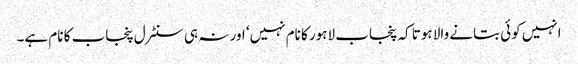
انہیں کوئی بتانے والا ہوتا کہ پنجاب لاہور کا نام نہیں‘ اور نہ ہی سنٹرل پنجاب کا نام ہے۔